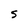
Character: S